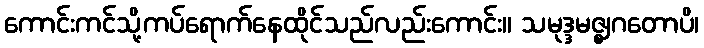
ကောင်းကင်သို့ကပ်ရောက်နေထိုင်သည်လည်းကောင်း။ သမုဒ္ဒမဇ္ဈဂတောပိ၊